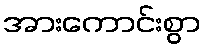
အားကောင်းစွာ